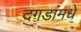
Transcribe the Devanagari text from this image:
दगडांमधे